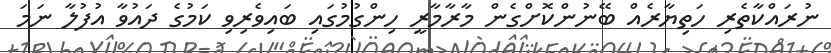
ނުރައްކާތެރި ހަތިޔާރެއް ބޭނުންކޮށްގެން މާރާމާރީ ހިންގުމުގައި ބައިވެރިވި ކަމުގެ ދައުވާ އުފުލާ ނަމަ